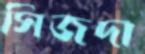
সিজদা